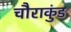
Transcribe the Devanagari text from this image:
चौराकुंड